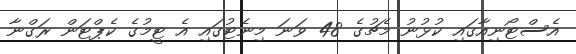
އެސްޓޯނިއާގައި ކުޅުނު މެޗުގެ 48 ވަނަ މިނެޓުގައި އެ ޓީމުގެ ކެޕްޓަން ރަގްނާ